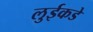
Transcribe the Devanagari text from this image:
लुईकडे